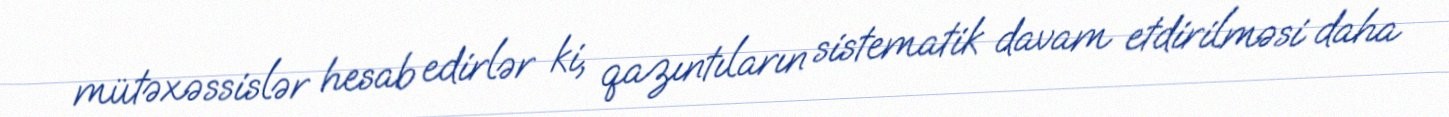
mütəxəssislər hesab edirlər ki, qazıntıların sistematik davam etdirilməsi daha